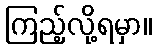
ကြည့်လို့ရမှာ။